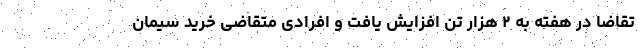
تقاضا در هفته به ۲ هزار تن افزایش یافت و افرادی متقاضی خرید سیمان